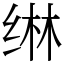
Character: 𬘭